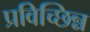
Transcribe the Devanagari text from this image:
प्रविच्छिन्न